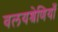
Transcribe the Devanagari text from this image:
वलयश्रेणियाँ